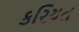
કરિયત